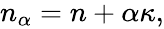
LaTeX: \begin{array}{r}{n_{\alpha}=n+\alpha\kappa,}\end{array}